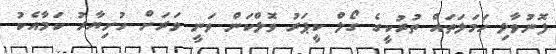
ފޮނުވާލި ހަމަލަތައް ތުރުކީގެ ގޯލް ކީޕަރު ވޮލްކަން ވަނީ ވަރަށް ހުށިޔާރު ކަމާއެކު